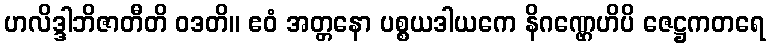
ဟလိဒ္ဒါဘိဇာတီတိ ဝဒတိ။ ဧဝံ အတ္တနော ပစ္စယဒါယကေ နိဂဏ္ဌေဟိပိ ဇေဋ္ဌကတရေ